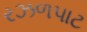
રઝળપાટ